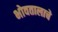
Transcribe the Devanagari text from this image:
भोवतालाचे